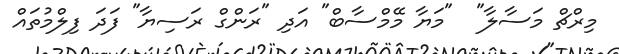
މިރްޗް މަސާލާ"  "މަޔާ މޭމްސާބް" އަދި "ރަންގް ރަސިޔާ" ފަދަ ފިލްމުތައް